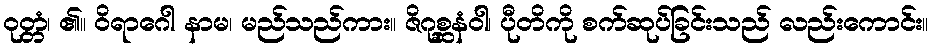
ဝုတ္တံ၊ ၏။ ဝိရာဂေါ နာမ၊ မည်သည်ကား။ ဇိဂုစ္ဆနံဝါ၊ ပီုတိကို စက်ဆုပ်ခြင်းသည် လည်းကောင်း။